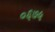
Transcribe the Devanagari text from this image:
०६७५